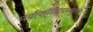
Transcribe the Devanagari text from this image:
पर्याप्तमिदमच्युत॥